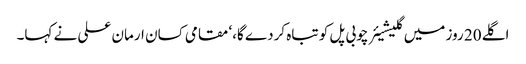
اگلے 20 روز میں گلیشیئر چوبی پل کو تباہ کردے گا،‘ مقامی کسان ارمان علی نے کہا۔